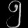
Digit: ၅